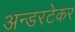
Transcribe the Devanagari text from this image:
अन्डरटेकर